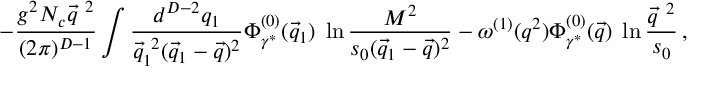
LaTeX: - \frac { g ^ { 2 } N _ { c } \vec { q } ^ { ~ 2 } } { ( 2 \pi ) ^ { D - 1 } } \int \frac { d ^ { D - 2 } q _ { 1 } } { \vec { q } _ { 1 } ^ { ~ 2 } ( \vec { q } _ { 1 } - \vec { q } ) ^ { 2 } } \Phi _ { \gamma ^ { * } } ^ { ( 0 ) } ( \vec { q } _ { 1 } ) \; \ln \frac { M ^ { 2 } } { s _ { 0 } ( \vec { q } _ { 1 } - \vec { q } ) ^ { 2 } } - \omega ^ { ( 1 ) } ( q ^ { 2 } ) \Phi _ { \gamma ^ { * } } ^ { ( 0 ) } ( \vec { q } ) \; \ln \frac { \vec { q } ^ { ~ 2 } } { s _ { 0 } } \, ,